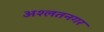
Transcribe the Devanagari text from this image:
अश्लतनगर